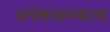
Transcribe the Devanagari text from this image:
अर्धकथानकाचा